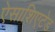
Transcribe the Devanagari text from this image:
ऐसाशिएटेड